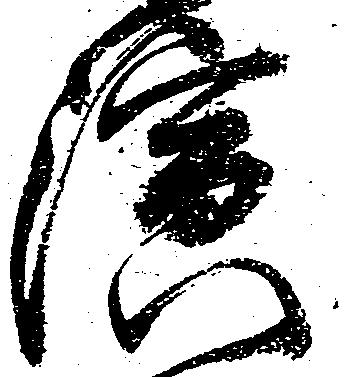
演